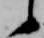
候